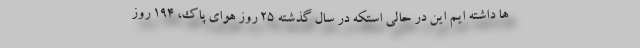
ها داشته ایم این در حالی استکه در سال گذشته ۲۵ روز هوای پاک، ۱۹۴ روز